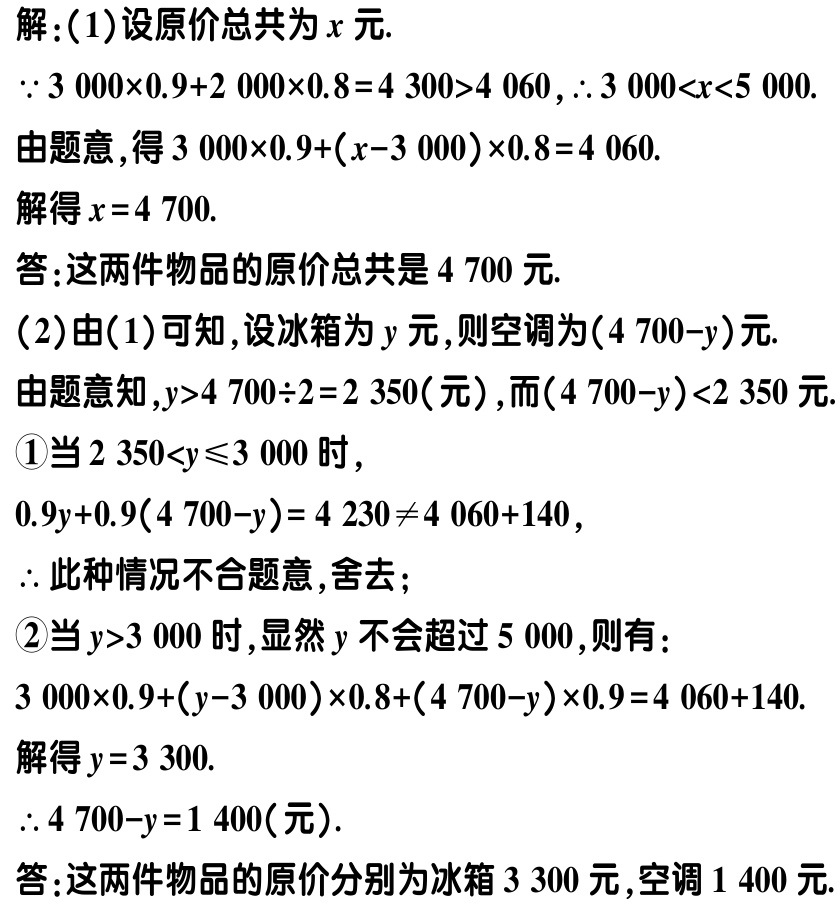
解：(1)设原价总共为\(x\)元.
\(\because 3000\times0.9 + 2000\times0.8 = 4300>4060\), \(\therefore 3000<x<5000\).
由题意，得\(3000\times0.9+(x - 3000)\times0.8 = 4060\).
解得\(x = 4700\).
答：这两件物品的原价总共是\(4700\)元.
(2)由(1)可知，设冰箱为\(y\)元，则空调为\((4700 - y)\)元.
由题意知，\(y>4700\div2 = 2350\)(元)，而\((4700 - y)<2350\)元.
\textcircled{1}当\(2350<y\leqslant3000\)时，
\(0.9y + 0.9(4700 - y)=4230\neq4060 + 140\)，
\(\therefore\)此种情况不合题意，舍去；
\textcircled{2}当\(y>3000\)时，显然\(y\)不会超过\(5000\)，则有：
\(3000\times0.9+(y - 3000)\times0.8+(4700 - y)\times0.9 = 4060 + 140\).
解得\(y = 3300\).
\(\therefore 4700 - y = 1400\)(元).
答：这两件物品的原价分别为冰箱\(3300\)元，空调\(1400\)元.